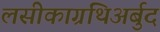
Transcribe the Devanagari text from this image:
लसीकाग्रंथिअर्बुद